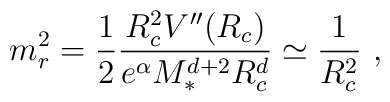
m_r^2 = \frac{1}{2} \frac{R_c^2 V''(R_c)}{e^\alpha M_*^{d+2} R_c^d}\simeq \frac{1}{R_c^2} \ ,